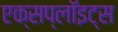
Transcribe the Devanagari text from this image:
एक्सप्लॉइट्स